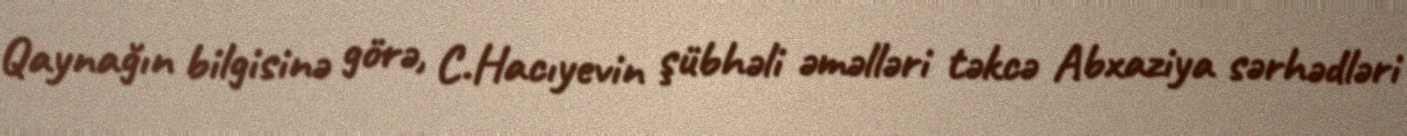
Qaynağın bilgisinə görə, C.Hacıyevin şübhəli əməlləri təkcə Abxaziya sərhədləri